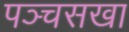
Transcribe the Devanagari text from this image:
पञ्चसखा